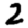
Digit: 2